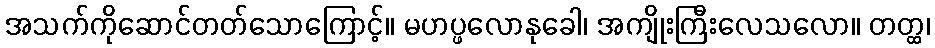
အသက်ကိုဆောင်တတ်သောကြောင့်။ မဟပ္ဖလောနုခေါ၊ အကျိုးကြီးလေသလော။ တတ္ထ၊